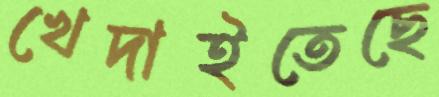
খেদাইতেছে